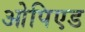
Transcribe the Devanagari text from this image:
ओपिएड